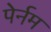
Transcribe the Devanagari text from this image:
पेर्नम